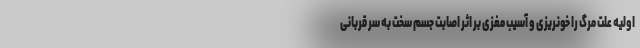
اولیه علت مرگ را خونریزی و آسیب مغزی بر اثر اصابت جسم سخت به سر قربانی